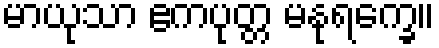
မာယုသာ ဧကပုတ္တ မနုရက္ခေ။